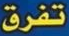
تفرق